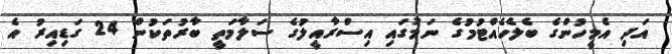
އަދި އެމީހުންގެ ބެލެހެއްޓުމުގެ ނަމުގައި އިސްރާއީލުގެ ސަލާމަތީ ބާރުތަކުން 24 ގަޑިއިރު އެ